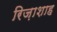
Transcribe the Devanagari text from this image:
रिज़ाशाह